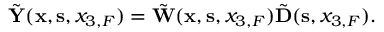
\begin{array} { r } { \tilde { \bf Y } ( { { \bf x } } , { { \bf s } } , { x _ { 3 , F } } ) = \tilde { \bf W } ( { { \bf x } } , { { \bf s } } , { x _ { 3 , F } } ) \tilde { \bf D } ( { { \bf s } } , x _ { 3 , F } ) . } \end{array}